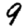
Digit: 9